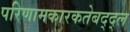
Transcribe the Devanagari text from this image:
परिणामकारकतेबद्द्ल